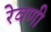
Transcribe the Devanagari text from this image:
रेवणी